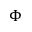
\Phi